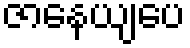
ဇာနေယျပေ